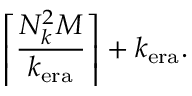
\left\lceil \frac { N _ { k } ^ { 2 } M } { k _ { \mathrm { e r a } } } \right\rceil + k _ { \mathrm { e r a } } .